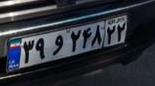
۳۹و۲۴۸۲۲